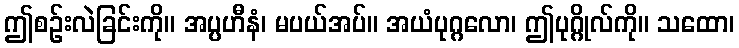
ဤစဉ်းလဲခြင်းကို။ အပ္ပဟီနံ၊ မပယ်အပ်။ အယံပုဂ္ဂလော၊ ဤပုဂ္ဂိုလ်ကို။ သထော၊